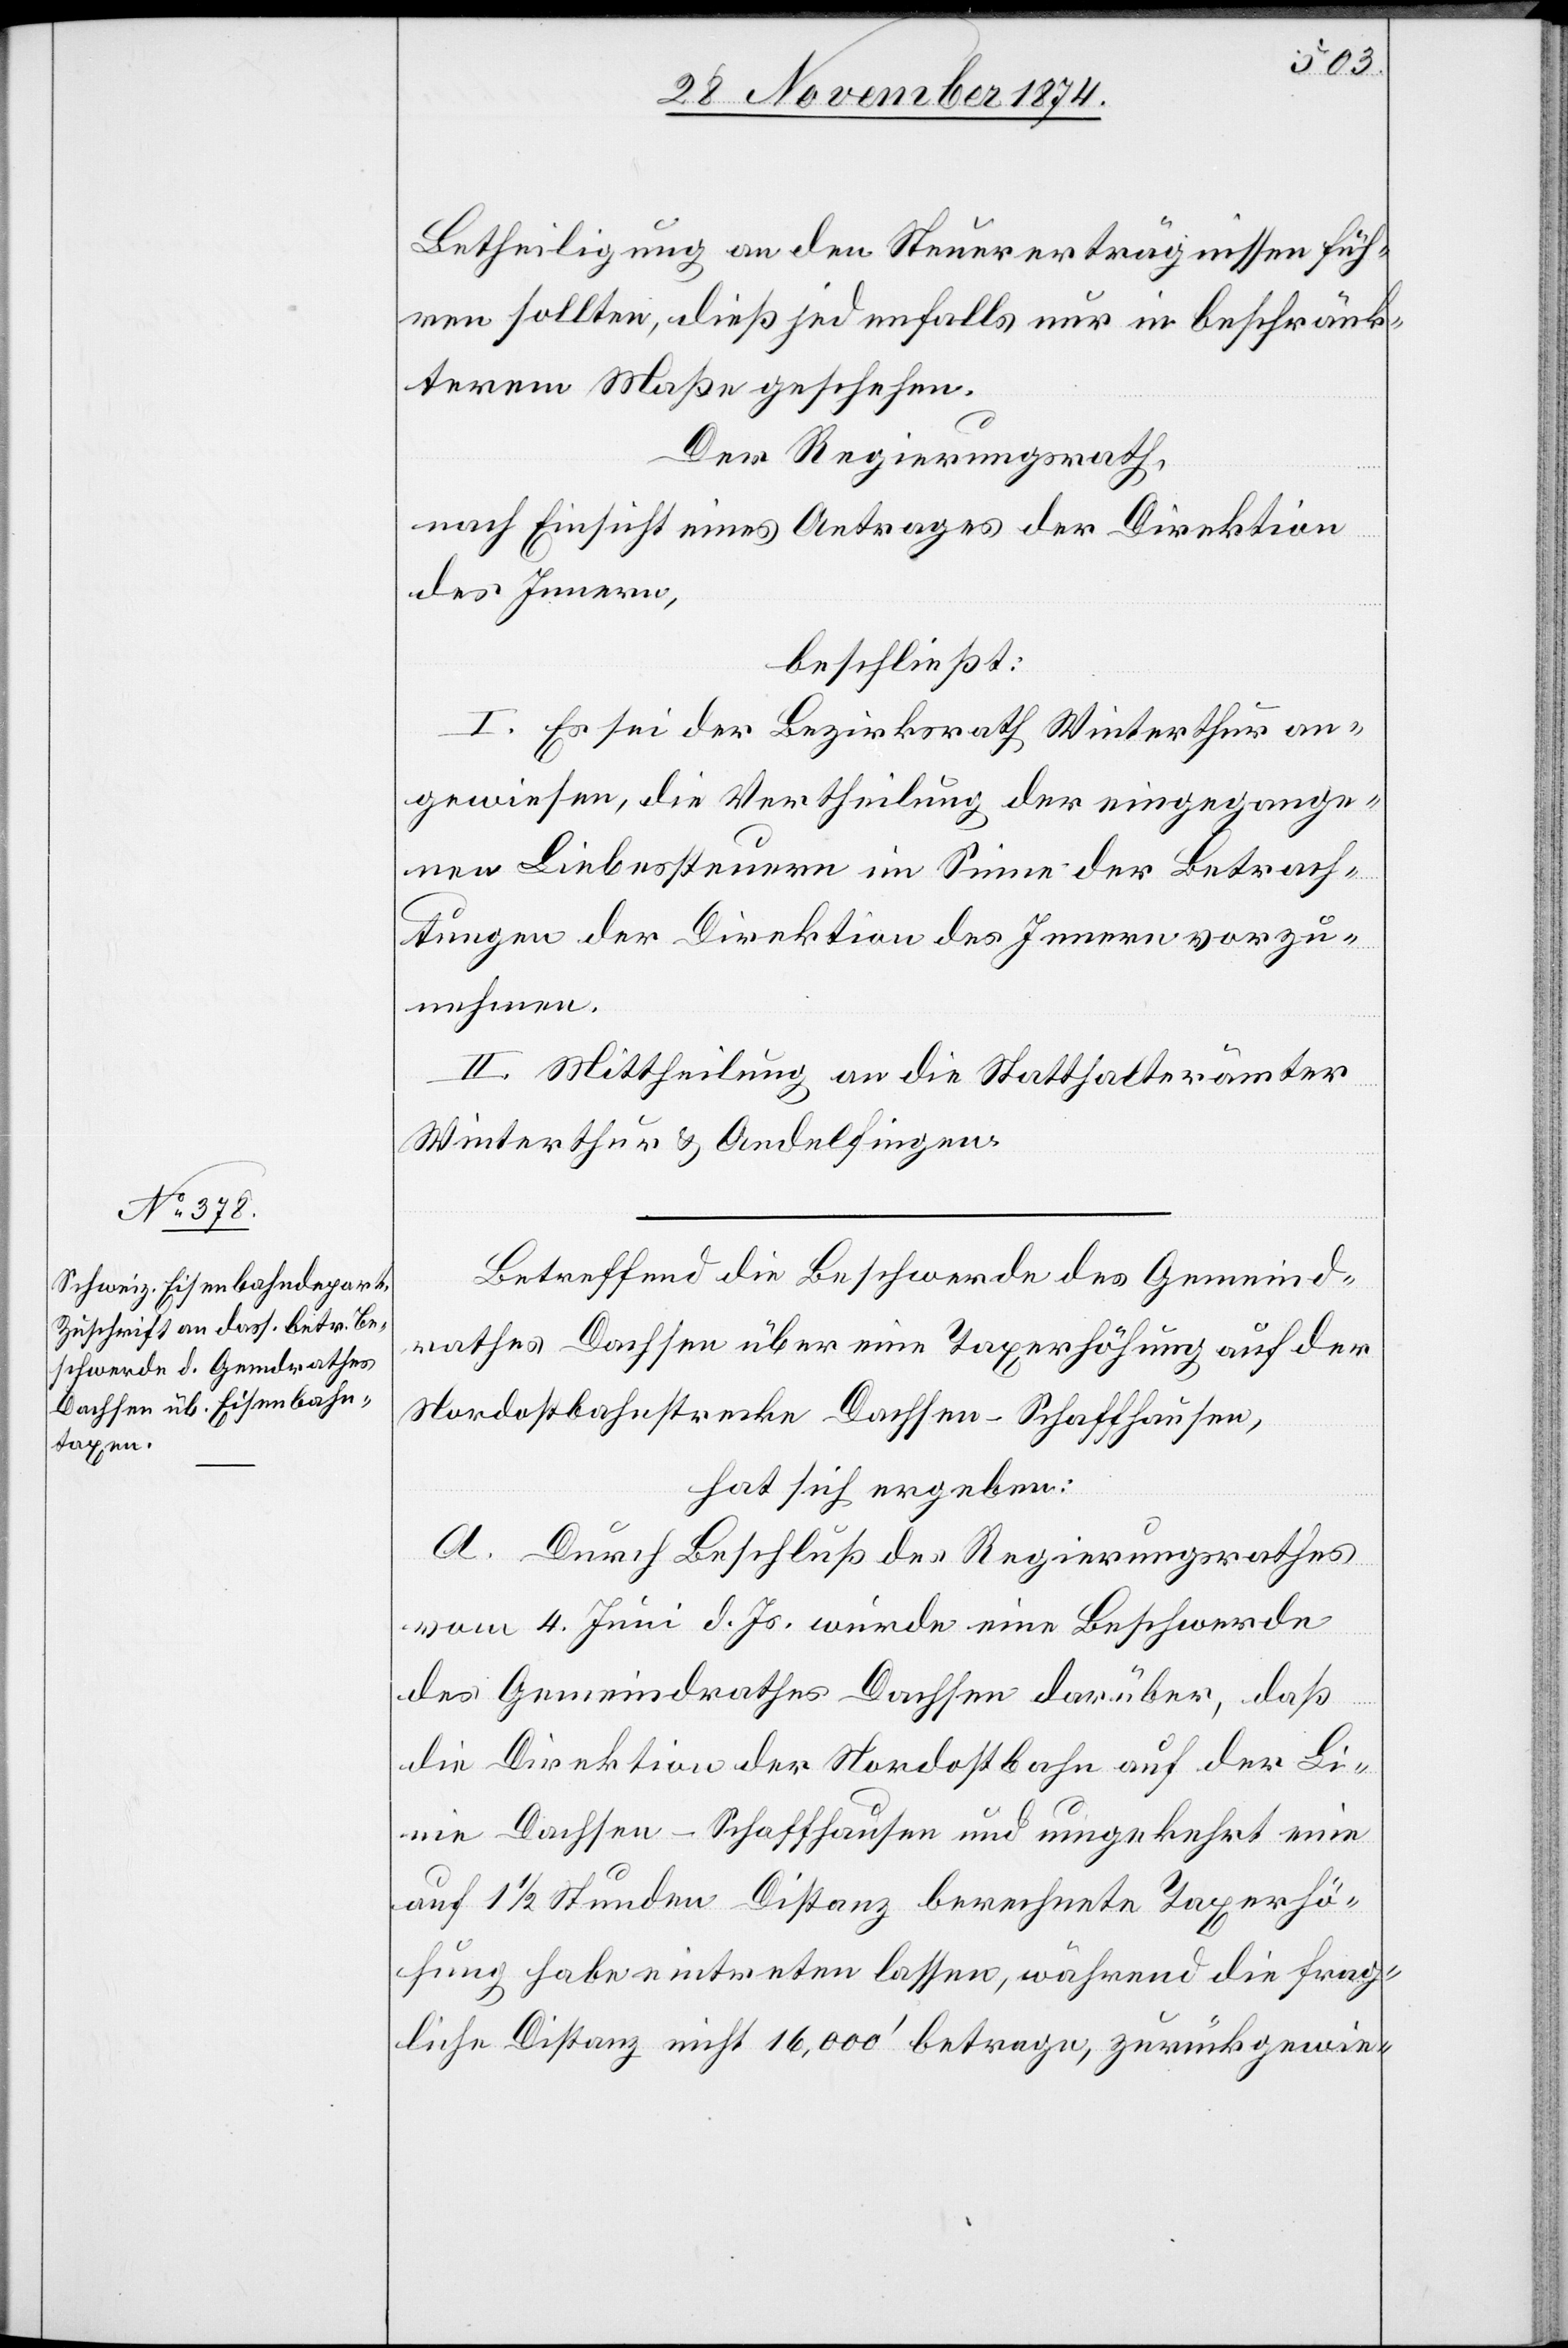
Betheiligung an den Steuererträgnissen füh¬
ren sollten, dieß jedenfalls nur in beschränk¬
terem Maße geschehen.
Der Regierungsrath,
nach Einsicht eines Antrages der Direktion
des Innern,
beschließt:
I. Es sei der Bezirksrath Winterthur an¬
gewiesen, die Vertheilung der eingegange¬
nen Liebessteuern im Sinne der Betrach¬
tungen der Direktion des Innern vorzu¬
nehmen.
II. Mittheilung an die Statthalterämter
Winterthur & Andelfingen.
Betreffend die Beschwerde des Gemeind¬
rathes Dachsen über eine Taxerhöhung auf der
Nordostbahnstrecke Dachsen–Schaffhausen,
hat sich ergeben:
A. Durch Beschluß des Regierungsrathes
vom 4. Juni d. Js. wurde eine Beschwerde
des Gemeindrathes Dachsen darüber, daß
die Direktion der Nordostbahn auf der Li¬
nie Dachsen–Schaffhausen und umgekehrt eine
auf 1 1/2 Stunden Distanz berechnete Taxerhö¬
hung habe eintreten lassen, während die frag¬
liche Distanz nicht 16,000‘ betrage, zurückgewie-